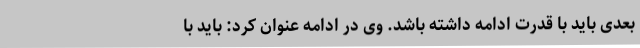
بعدی باید با قدرت ادامه داشته باشد. وی در ادامه عنوان کرد: باید با